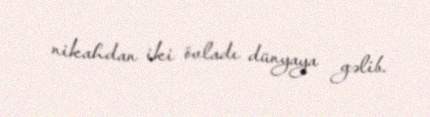
nikahdan iki övladı dünyaya gəlib.